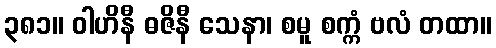
၃၈၁။ ဝါဟိနီ ဓဇိနီ သေနာ၊ စမူ စက္ကံ ဗလံ တထာ။